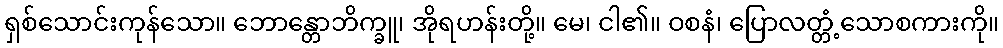
ရှစ်သောင်းကုန်သော။ ဘောန္တောဘိက္ခူ၊ အိုရဟန်းတို့။ မေ၊ ငါ၏။ ဝစနံ၊ ပြောလတ္တံ့သောစကားကို။